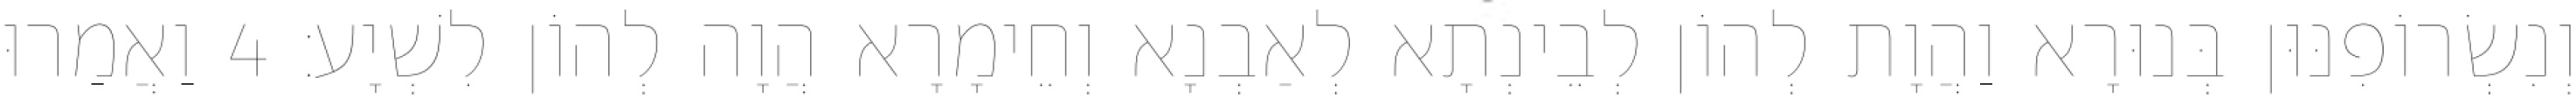
וְנִשְׂרוֹפִנּוּן בְּנוּרָא וַהֲוָת לְהוֹן לְבֵינְתָא לְאַבְנָא וְחֵימָרָא הֲוָה לְהוֹן לִשְׁיָע׃ 4 וַאֲמַרוּ